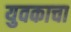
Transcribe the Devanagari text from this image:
युवकाचा